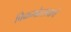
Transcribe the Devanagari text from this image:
विक्रमोत्सवाचे